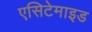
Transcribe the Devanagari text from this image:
एसिटेमाइड